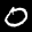
Label: 0